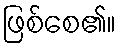
ဖြစ်စေ၏။